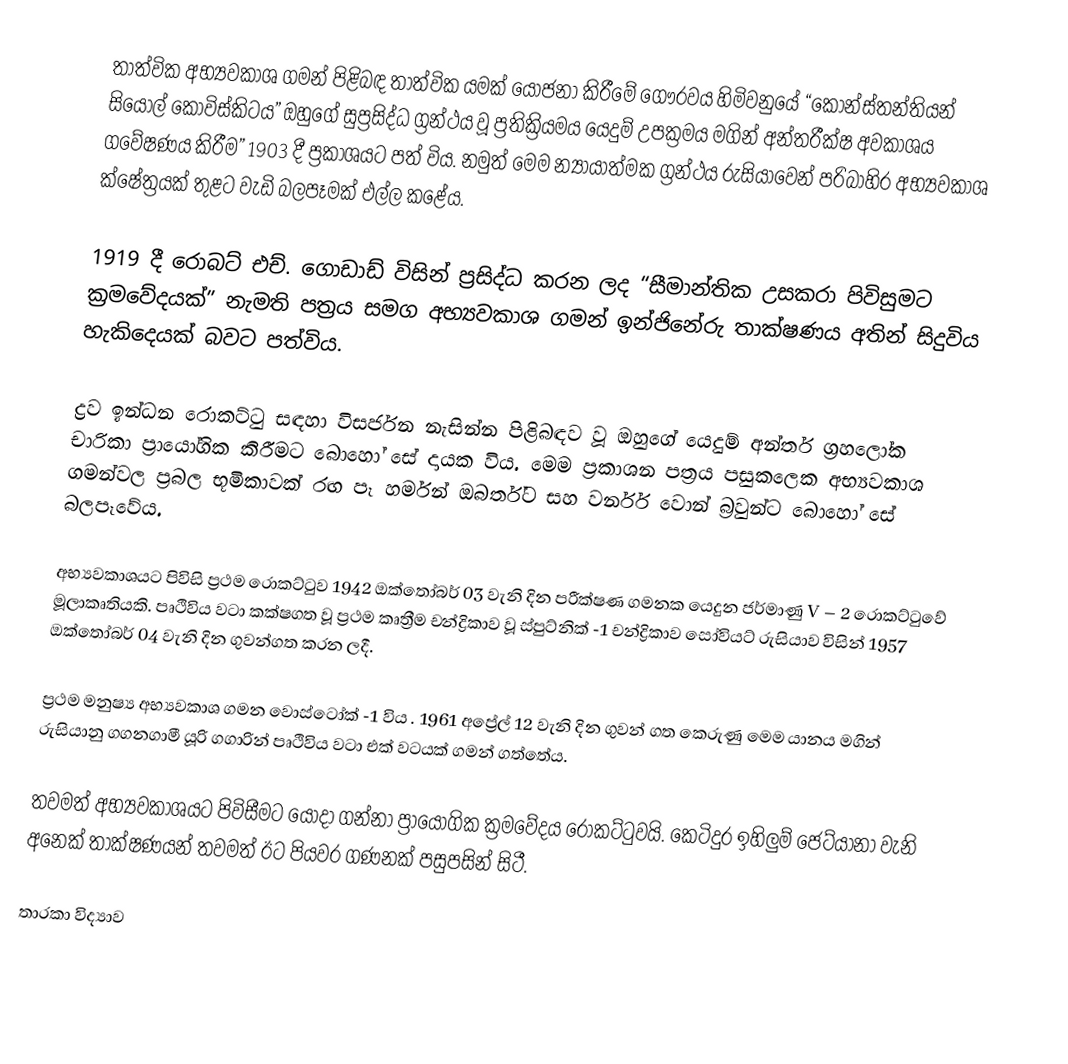
තාත්වික අභ්‍යවකාශ ගමන් පිළිබඳ තාත්වික යමක් යෝජනා කිරීමේ ගෞරවය හිමිවනුයේ “කොන්ස්තන්තියන් සියොල් කොවිස්කිටය” ඔහුගේ සුප්‍රසිද්ධ ග්‍රන්ථය වූ ප්‍රතික්‍රියමය යෙදුම් උපක්‍රමය මගින් අන්තරීක්ෂ අවකාශය ගවේෂණය කිරීම” 1903 දී ප්‍රකාශයට පත් විය. නමුත් මෙම න්‍යායාත්මක ග්‍රන්ථය රුසියාවෙන් පරිබාහිර අභ්‍යවකාශ ක්ෂේත්‍රයක් තුළට වැඩි බලපෑමක් එල්ල කළේය.

1919 දී රොබට් එච්. ගොඩාඩ් විසින් ප්‍රසිද්ධ කරන ලද “සීමාන්තික උසකරා පිවිසුමට ක්‍රමවේදයක්” නැමති පත්‍රය සමග අභ්‍යවකාශ ගමන් ඉන්ජිනේරු තාක්ෂණය අතින් සිදුවිය හැකිදෙයක් බවට පත්විය.

ද්‍රව ඉන්ධන රොකට්ටු සඳහා විසර්ජන නැසින්න පිළිබඳව වූ ඔහුගේ යෙදුම් අන්තර් ග්‍රහලෝක චාරිකා ප්‍රායෝගික කිරීමට බොහෝ සේ දායක විය. මෙම ප්‍රකාශන පත්‍රය පසුකලෙක අභ්‍යවකාශ ගමන්වල ප්‍රබල භූමිකාවක් රඟ පෑ හර්මන් ඔබර්ත්ට සහ වර්නර් වොන් බ්‍රවුන්ට බොහෝ සේ බලපෑවේය.

අභ්‍යවකාශයට පිවිසි ප්‍රථම රොකට්ටුව 1942 ඔක්තෝබර් 03 වැනි දින පරීක්ෂණ ගමනක යෙදුන ජර්මාණු V – 2 රොකට්ටුවේ මූලාකෘතියකි. පෘථිවිය වටා කක්ෂගත වූ ප්‍රථම කෘත්‍රීම චන්ද්‍රිකාව වූ ස්පුට්නික් -1 චන්ද්‍රිකාව සෝවියට් රුසියාව විසින් 1957 ඔක්තෝබර් 04 වැනි දින ගුවන්ගත කරන ලදී.

ප්‍රථම මනුෂ්‍ය අභ්‍යවකාශ ගමන වොස්ටෝක් -1 විය . 1961 අප්‍රේල් 12 වැනි දින ගුවන් ගත කෙරුණු මෙම යානය මගින් රුසියානු ගගනගාමී යූරි ගගාරින් පෘථිවිය වට‍ා  එක් වටයක් ගමන් ගත්තේය.

තවමත් අභ්‍යවකාශයට පිවිසීමට යොදා ගන්නා ප්‍රායෝගික ක්‍රමවේදය රොකට්ටුවයි. කෙටිදුර ඉහිලුම් ජෙට්යානා වැනි අනෙක් තාක්ෂණයන් තවමත් ඊට පියවර ගණනක් පසුපසින් සිටී.

තාරකා විද්‍යාව​